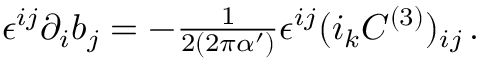
\epsilon ^ { i j } \partial _ { i } b _ { j } = - { \textstyle \frac { 1 } { 2 ( 2 \pi \alpha ^ { \prime } ) } } \epsilon ^ { i j } ( i _ { k } C ^ { ( 3 ) } ) _ { i j } \, .